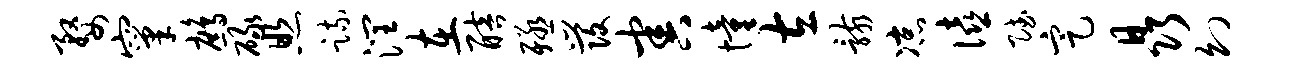
婺窠鹧碌照疏润在醅殛发害憧左骸凉僖赋定晶幻